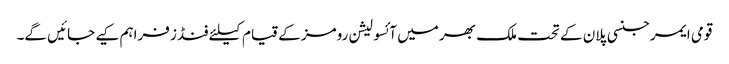
قومی ایمرجنسی پلان کے تحت ملک بھر میں آئسولیشن رومز کے قیام کیلئے فنڈز فراہم کیے جائیں گے۔